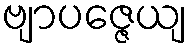
ဗျာပဇ္ဇေယျ